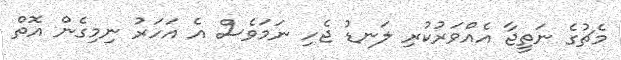
މެޗުގެ ނަތީޖާ އެއްވަރުކުރި ލަނޑު ޖެހި ނަމަވެސް އެ އަހަރު ނިމިގެން އޮތް